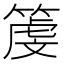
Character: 𥱲